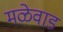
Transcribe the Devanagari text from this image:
मळेवाड